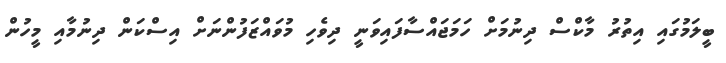
ބީލަމުގައި އިތުރު މާކްސް ދިނުމަށް ހަމަޖައްސާފައިވަނީ ދިވެހި މުވައްޒަފުންނަށް އިސްކަން ދިނުމާއި މީހުން